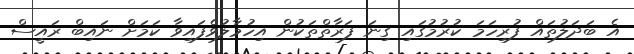
އެ ބަދަލުތައް ފުރިހަމަ ކުރުމުގައި ގިނަ ފަރާތްތަކުން އިހުމާލުވެފައިވާ ކަމަށް ނައިބް ރައީސް